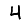
Digit: 4